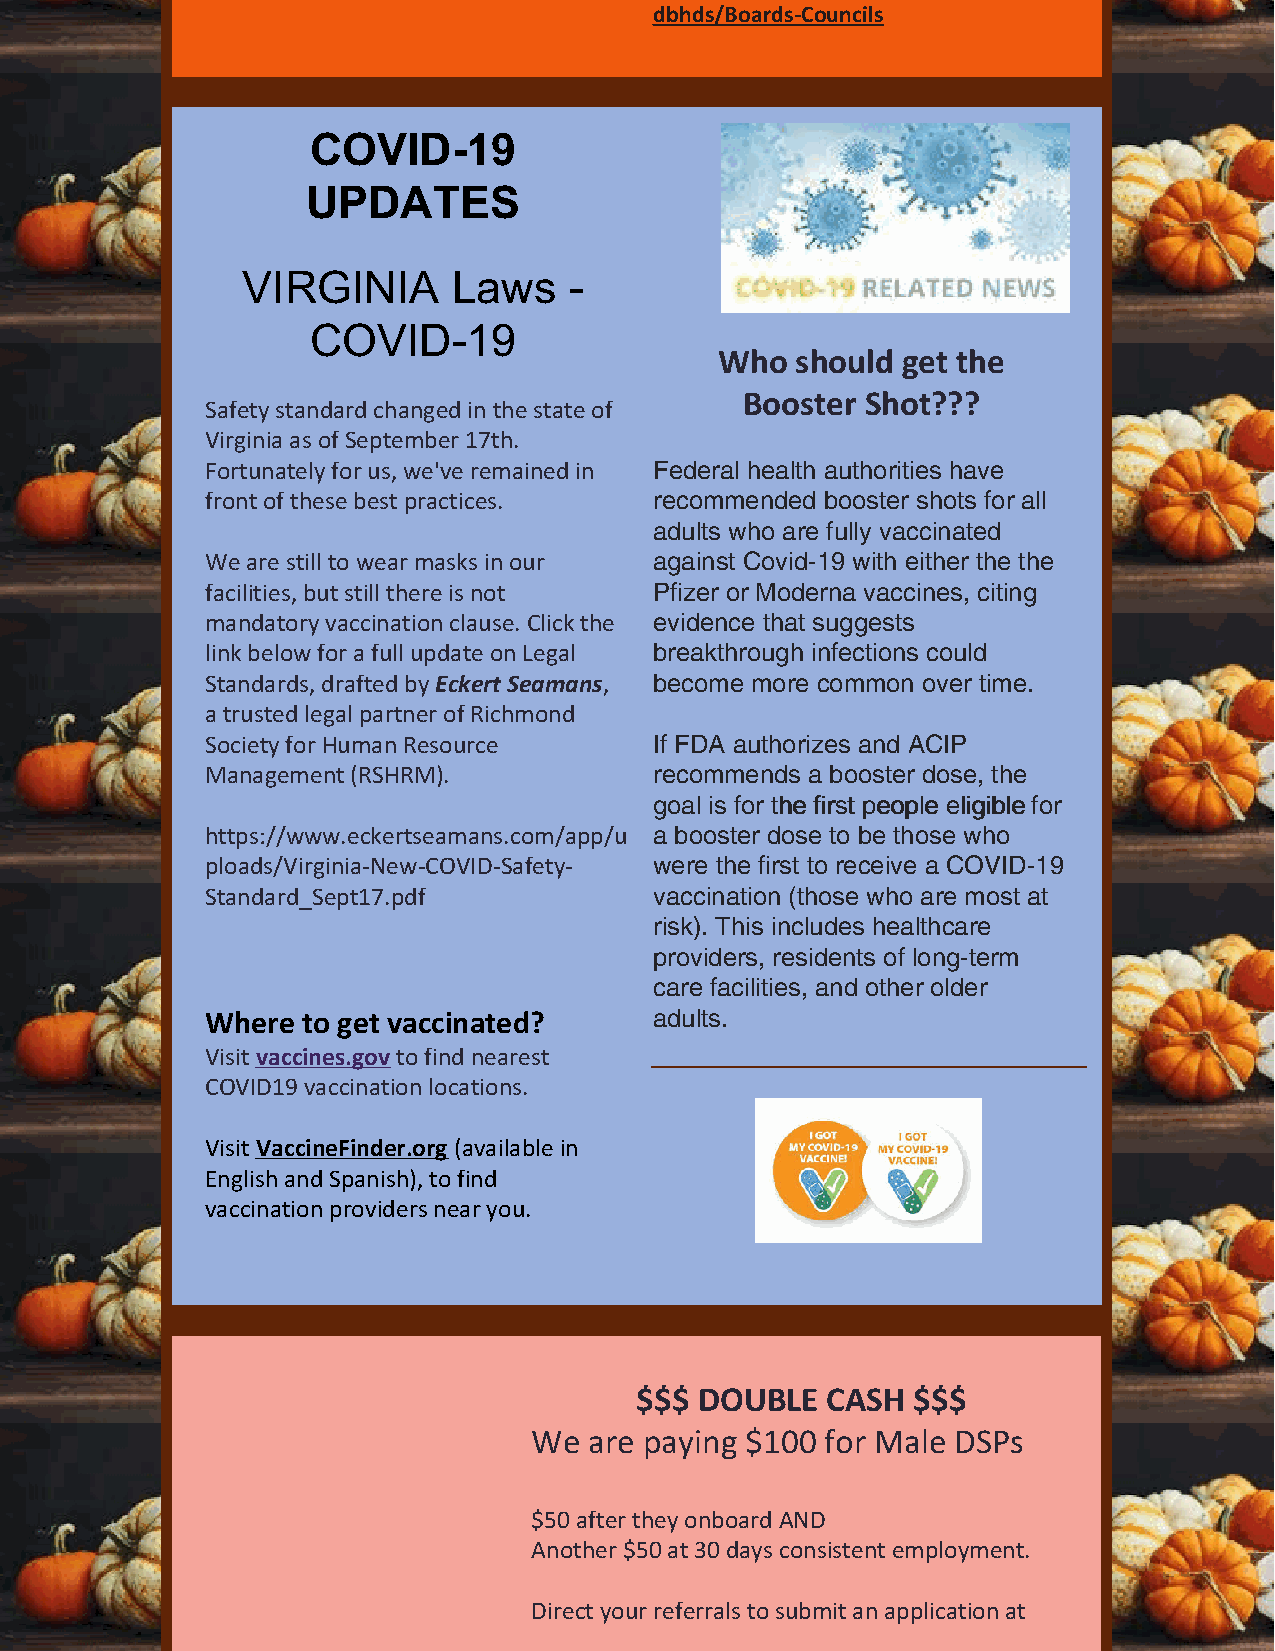
dbhds/Boards-Councils
 COVID-19
 UPDATES
 VIRGINIA      Laws    -
 COVID-19
 Who  should get the
 Booster Shot???
 Safety standard changed in the state of
 Virginia as of September 17th.
 Fortunately for us, we've remained in Federal health authorities have
 front of these best practices. recommended booster shots for all
 adults who are fully vaccinated
 We are still to wear masks in our against Covid-19 with either the the
 facilities, but still there is not Pfizer or Moderna vaccines, citing
 mandatory vaccination clause. Click the evidence that suggests
 link below for a full update on Legal breakthrough infections could
 Standards, drafted by Eckert Seamans, become more common over time.
 a trusted legal partner of Richmond
 Society for Human Resource   If FDA authorizes and ACIP
 Management (RSHRM).          recommends a booster dose, the
 goal is for tthhee ffiirrsstt ppeeooppllee eelliiggiibbllee for
 https://www.eckertseamans.com/app/u a booster dose to be those who
 ploads/Virginia-New-COVID-Safety- were the first to receive a COVID-19
 Standard_Sept17.pdf          vaccination (those who are most at
 risk). This includes healthcare
 providers, residents of long-term
 care facilities, and other older
 Where to get vaccinated?     adults.
 Visit vaccines.gov to find nearest
 COVID19 vaccination locations.
 Visit VaccineFinder.org (available in
 English and Spanish), to find
 vaccination providers near you.
 $$$ DOUBLE   CASH $$$
 We  are paying $100 for Male DSPs
 $50 after they onboard AND
 Another $50 at 30 days consistent employment.
 Direct your referrals to submit an application at